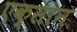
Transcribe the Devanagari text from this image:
एक्सान